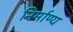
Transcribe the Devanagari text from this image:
निर्माण्य